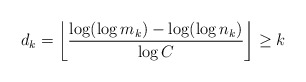
\begin{align*}d_k = \left \lfloor \frac{\log (\log m_k) - \log (\log n_k)}{\log C} \right\rfloor \ge k\end{align*}